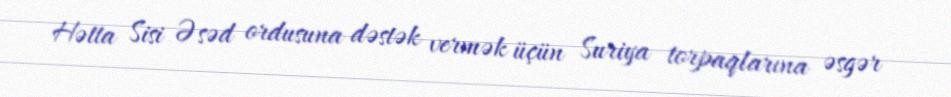
Hətta Sisi Əsəd ordusuna dəstək vermək üçün Suriya torpaqlarına əsgər